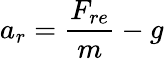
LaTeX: a_{r}=\frac{F_{re}}{m}-g